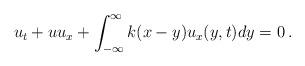
LaTeX: \begin{align*}u_t+uu_x+\int_{-\infty}^{\infty}k(x-y)u_x(y,t)dy=0 \, .\end{align*}